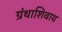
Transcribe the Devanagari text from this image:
ग्रंथाशिवाय